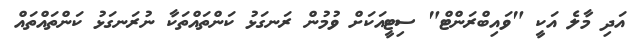
އަދި މާލެ އަކީ "ވައިބްރަންޓް" ސިޓީއަކަށް ވުމުން ރަނގަޅު ކަންތައްތަކާ ނުރަނގަޅު ކަންތައްތައް